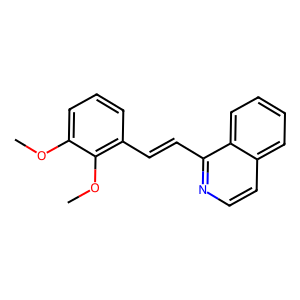
SMILES: COc1cccc(C=Cc2nccc3ccccc23)c1OC
Inhibits HIV replication: No